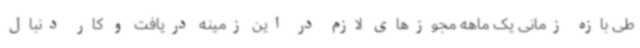
طی بازه زمانی یک ماهه مجوزهای لازم در این زمینه دریافت و کار دنبال